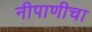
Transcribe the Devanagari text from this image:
नीपाणीचा